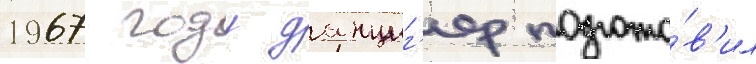
1967 году данциг'ер подгото́в'ил